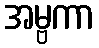
အမ္ဗကာ